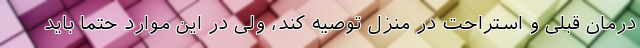
درمان قبلی و استراحت در منزل توصیه کند، ولی در این موارد حتما باید